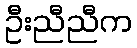
ဦးညီညီက